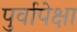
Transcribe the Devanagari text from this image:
पुर्वापेक्षा